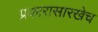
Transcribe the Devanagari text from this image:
प्रकारासारखेच